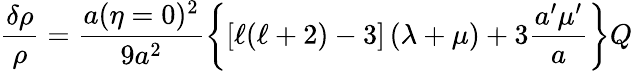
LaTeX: \frac{\delta\rho}{\rho}=\frac{a(\eta=0)^{2}}{9a^{2}}\left\{ \left[\ell(\ell+2)-3\right]\left(\lambda+\mu\right)+3\frac{a^{\prime}\mu^{\prime}}{a}\right\} Q